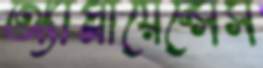
অ্যাপ্লায়েন্সেস